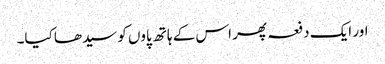
اور ایک دفعہ پھر اس کے ہاتھ پاوں کو سیدھا کیا۔